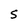
Character: S